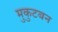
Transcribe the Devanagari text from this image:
मुकुटबन